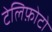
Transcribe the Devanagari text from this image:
टेलिफ़ोटो